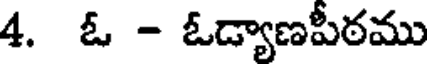
4. ఓ - ఓడ్యాణపీఠము